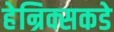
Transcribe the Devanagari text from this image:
हेन्रिक्सकडे